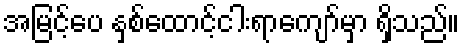
အမြင့်ပေ နှစ်ထောင့်ငါးရာကျော်မှာ ရှိသည်။